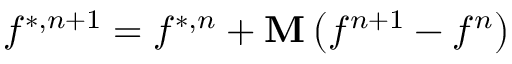
{ f ^ { * , n + 1 } } = { f ^ { * , n } } + { \bf { M } } \left( { { f ^ { n + 1 } } - { f ^ { n } } } \right)